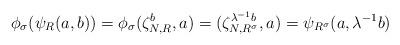
LaTeX: \begin{align*}\phi_\sigma(\psi_R(a,b)) = \phi_\sigma(\zeta_{N,R}^b,a) = (\zeta_{N,R^\sigma}^{\lambda^{-1}b},a) = \psi_{R^\sigma}(a,\lambda^{-1}b)\end{align*}